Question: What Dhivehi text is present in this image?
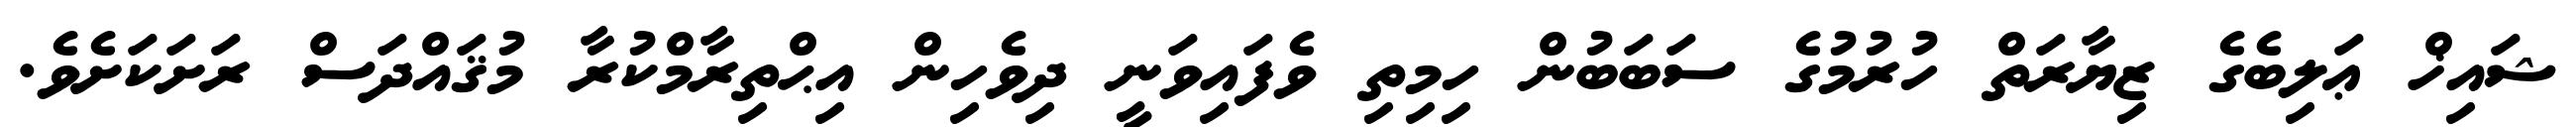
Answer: ޝައިޚް ޢަލިބެގެ ޒިޔާރަތް ހުރުމުގެ ސަބަބުން ހިމިތި ވެފައިވަނީ ދިވެހިން އިޙްތިރާމްކުރާ މުޤައްދަސް ރަށަކަށެވެ.